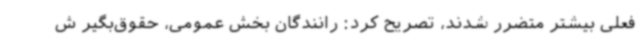
فعلی بیشتر متضرر شدند، تصریح کرد: رانندگان بخش عمومی، حقوق‌بگیر ش